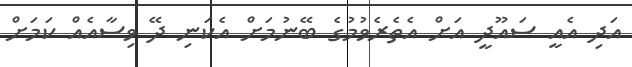
އަދި އެއީ ސައޫދީ އަށް އެތެރެވުމުގެ ބޭނުމަށް އެކަނި ދޭ ވިސާއެއް ކަމަށް